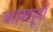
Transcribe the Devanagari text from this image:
वरात्रापूर्वी